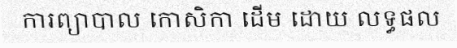
ការព្យាបាល កោសិកា ដើម ដោយ លទ្ធផល